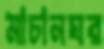
মাচানঘর